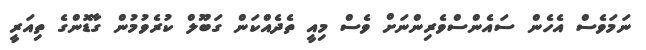
ނަމަވެސް އެހެން ސައެންސްވެރިންނަށް ވެސް މިއީ ތެދެއްކަން ގަބޫލް ކުރެވުމުން ގާޑޮންގެ ތިއަރީ